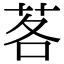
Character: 茖